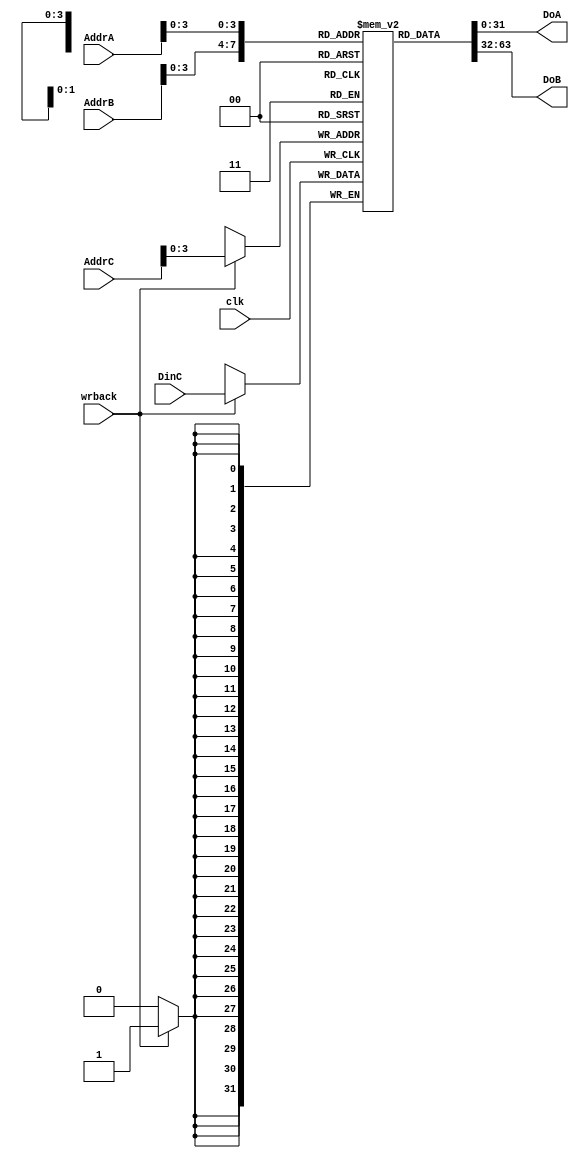
module regfile(AddrA,AddrB,AddrC,DinC,DoA,DoB,clk,wrback);

	input [4:0] AddrA,AddrB,AddrC;
	input [31:0] DinC;
	input clk,wrback;
	output [31:0] DoA,DoB;
	
	reg [31:0] rmap [0:15];
	assign DoA = rmap[AddrA];
	assign DoB = rmap[AddrB];
	
	initial begin
		rmap[0] = 0;
		rmap[1] = 0;
		rmap[2] = 0;
		rmap[3] = 0;
		rmap[4] = 0;
		rmap[5] = 0;
		rmap[6] = 0;
		rmap[7] = 0;
		rmap[8] = 0;
		rmap[9] = 0;
		rmap[10] = 0;
		rmap[11] = 0;
		rmap[12] = 0;
		rmap[13] = 0;
		rmap[14] = 0;
		rmap[15] = 0;
	end
	
	always @(posedge clk)
	begin
		if(wrback) begin
			rmap[AddrC]=DinC;
		end
	end
endmodule